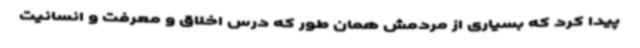
پیدا کرد که بسیاری از مردمش همان طور که درس اخلاق و معرفت و انسانیت